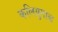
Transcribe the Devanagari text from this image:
कलियुगाब्द